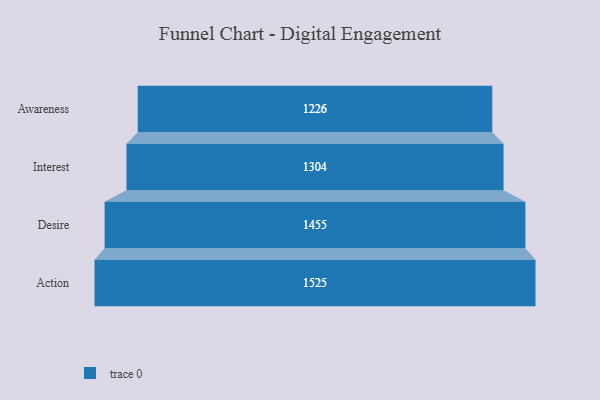
{"axis": {"x": "Stage", "y": "Value"}, "legend": [""], "data": [{"x": "Awareness", "y": 1226.0, "type": ""}, {"x": "Interest", "y": 1304.0, "type": ""}, {"x": "Desire", "y": 1455.0, "type": ""}, {"x": "Action", "y": 1525.0, "type": ""}]}